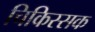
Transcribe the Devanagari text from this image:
चिकिस्सक